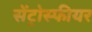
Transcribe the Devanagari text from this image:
सेंट्रोस्फीयर